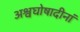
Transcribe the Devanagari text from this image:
अश्वघोषादीनां